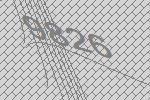
9826